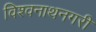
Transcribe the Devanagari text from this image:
विश्वनाथनगरी